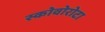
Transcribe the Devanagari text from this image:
स्कोवोरोटा